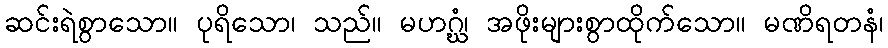
ဆင်းရဲစွာသော။ ပုရိသော၊ သည်။ မဟဂ္ဃံ၊ အဖိုးများစွာထိုက်သော။ မဏိရတနံ၊